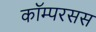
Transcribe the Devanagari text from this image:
कॉम्परसस